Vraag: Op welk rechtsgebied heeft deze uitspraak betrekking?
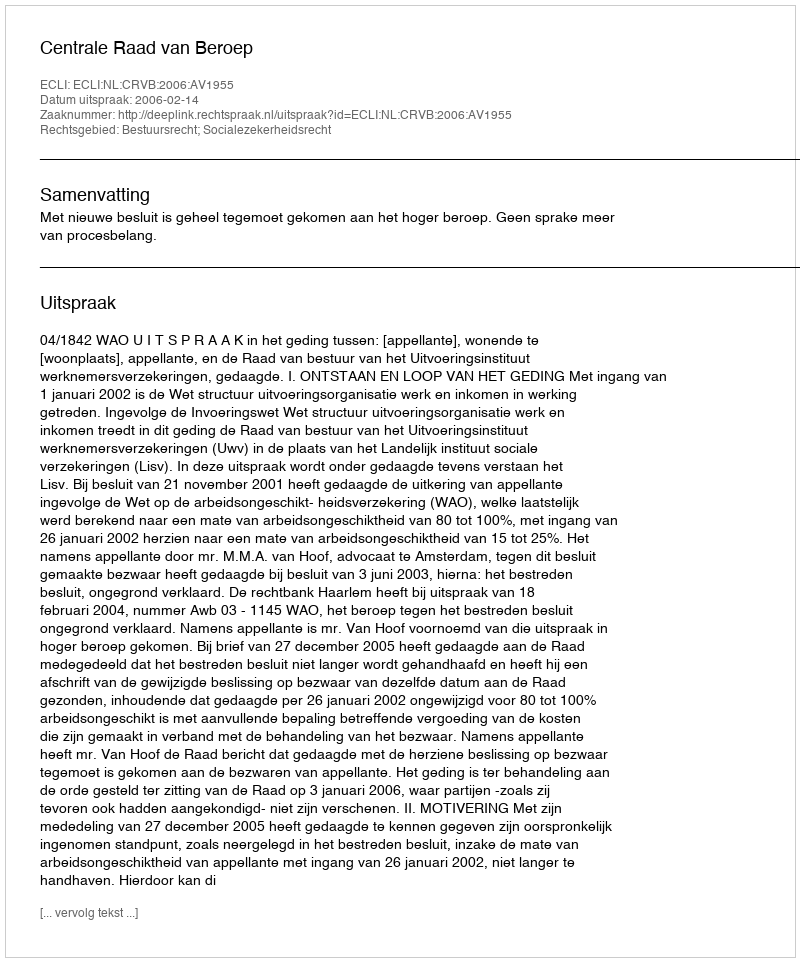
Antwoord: Bestuursrecht; Socialezekerheidsrecht